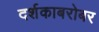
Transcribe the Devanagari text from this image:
दर्शकाबरोबर